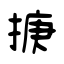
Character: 掶